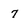
Character: 7